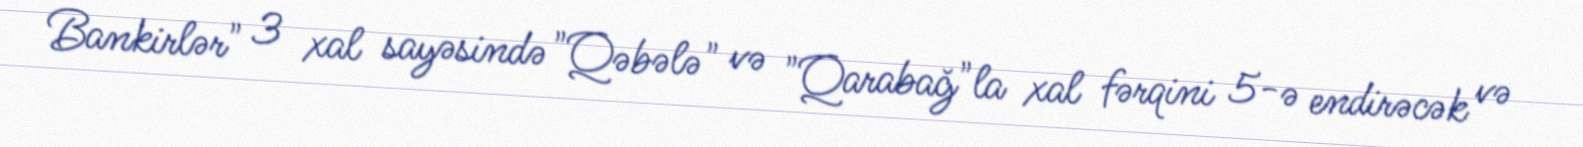
Bankirlər" 3 xal sayəsində "Qəbələ" və "Qarabağ"la xal fərqini 5-ə endirəcək və